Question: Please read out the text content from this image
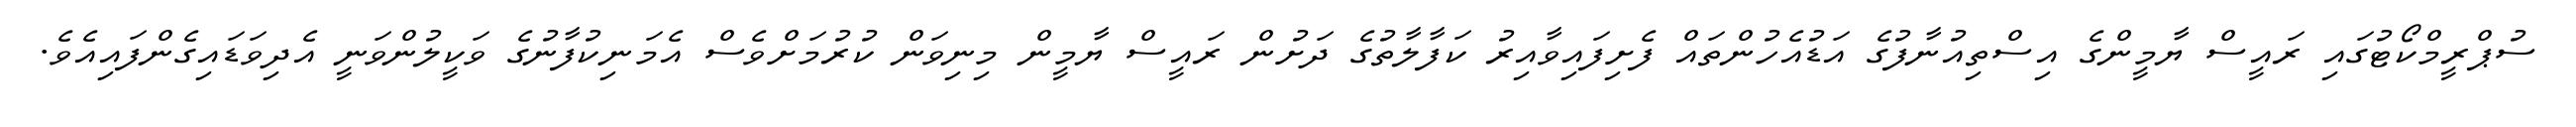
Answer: ސުޕްރީމްކޯޓުގައި ރައީސް ޔާމީންގެ އިސްތިއުނާފުގެ އަޑުއެހުންތައް ފެށިފައިވާއިރު ކަފާލާތުގެ ދަށުން ރައީސް ޔާމީން މިނިވަން ކުރުމަށްވެސް އެމަނިކުފާނުގެ ވަކީލުންވަނީ އެދިވަޑައިގެންފައިއެވެ.